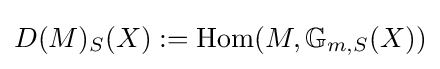
D(M)_{S}(X):=\mathrm {Hom} (M,\mathbb {G} _{m,S}(X))